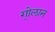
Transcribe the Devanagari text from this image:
गो्लान